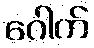
ဂေါက်